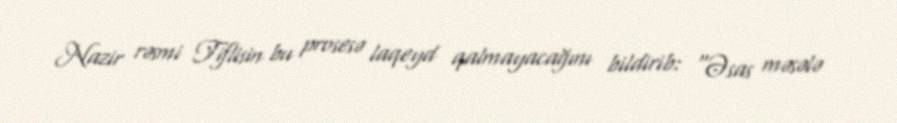
Nazir rəsmi Tiflisin bu prosesə laqeyd qalmayacağını bildirib: “Əsas məsələ